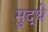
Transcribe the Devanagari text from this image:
मुद्धे